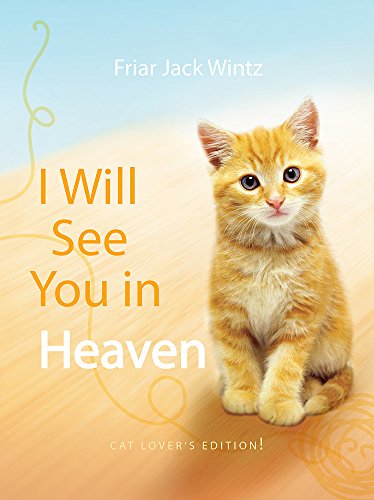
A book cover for I Will See You in Heaven: Cat Lover's Edition; Jack Wintz; Crafts, Hobbies & Home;